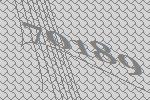
70189